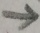
\Rightarrow